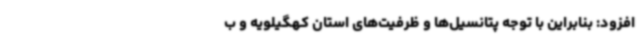
افزود: بنابراین با توجه پتانسیل‌ها و ظرفیت‌های استان کهگیلویه و ب